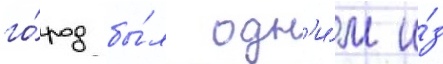
го́род бы́л одн'и́м и́з